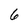
Character: 6